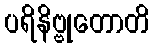
ပရိနိဗ္ဗုတောတိ